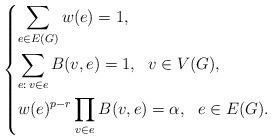
LaTeX: \begin{align*}\begin{dcases}\sum_{e\in E(G)}w(e)=1,\\\sum_{e:\,v\in e}B(v,e)=1,\ \ v\in V(G),\\w(e)^{p-r}\prod_{v\in e}B(v,e)=\alpha,\ \ e\in E(G).\end{dcases}\end{align*}